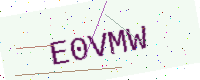
Text: E0VMW